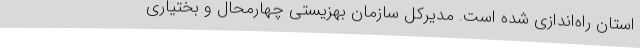
استان راه‌اندازی شده است. مدیرکل سازمان بهزیستی چهارمحال و بختیاری